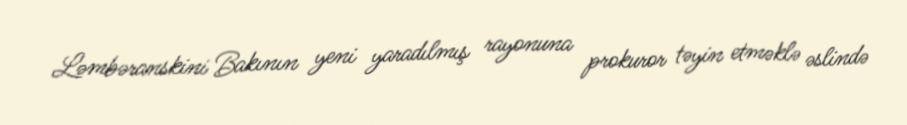
Ləmbəranskini Bakının yeni yaradılmış rayonuna prokuror təyin etməklə əslində